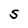
Character: S